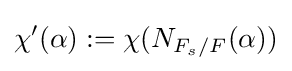
\chi '(\alpha ):=\chi (N_{F_{s}/F}(\alpha ))